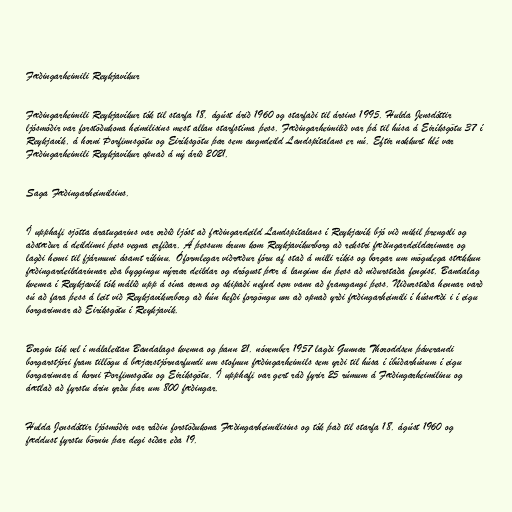
Fæðingarheimili Reykjavíkur

Fæðingarheimili Reykjavíkur tók til starfa 18. ágúst árið 1960 og starfaði til ársins 1995. Hulda Jensdóttir
ljósmóðir var forstöðukona heimilisins mest allan starfstíma þess. Fæðingarheimilið var þá til húsa á Eiríksgötu 37 í
Reykjavík, á horni Þorfinnsgötu og Eiríksgötu þar sem augndeild Landspítalans er nú. Eftir nokkurt hlé var
Fæðingarheimili Reykjavíkur opnað á ný árið 2021.

Saga Fæðingarheimilsins.

Í upphafi sjötta áratugarins var orðið ljóst að fæðingardeild Landspítalans í Reykjavík bjó við mikil þrengsli og
aðstæður á deildinni þess vegna erfiðar. Á þessum árum kom Reykjavíkurborg að rekstri fæðingardeildarinnar og
lagði henni til fjármuni ásamt ríkinu. Óformlegar viðræður fóru af stað á milli ríkis og borgar um mögulega stækkun
fæðingardeildarinnar eða byggingu nýrrar deildar og drógust þær á langinn án þess að niðurstaða fengist. Bandalag
kvenna í Reykjavík tók málið upp á sína arma og skipaði nefnd sem vann að framgangi þess. Niðurstaða hennar varð
sú að fara þess á leit við Reykjavíkurborg að hún hefði forgöngu um að opnað yrði fæðingarheimili í húsnæði i í eigu
borgarinnar að Eiríksgötu í Reykjavík.

Borgin tók vel í málaleitan Bandalags kvenna og þann 21. nóvember 1957 lagði Gunnar Thoroddsen þáverandi
borgarstjóri fram tillögu á bæjarstjórnarfundi um stofnun fæðingarheimils sem yrði til húsa í íbúðarhúsum í eigu
borgarinnar á horni Þorfinnsgötu og Eiríksgötu. Í upphafi var gert ráð fyrir 25 rúmum á Fæðingarheimilinu og
áætlað að fyrstu árin yrðu þar um 800 fæðingar.

Hulda Jensdóttir ljósmóðir var ráðin forstöðukona Fæðingarheimilisins og tók það til starfa 18. ágúst 1960 og
fæddust fyrstu börnin þar degi síðar eða 19.